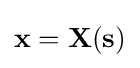
{\textbf {x}}={\textbf {X}}({\textbf {s}})